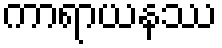
ကာရာယနဿ